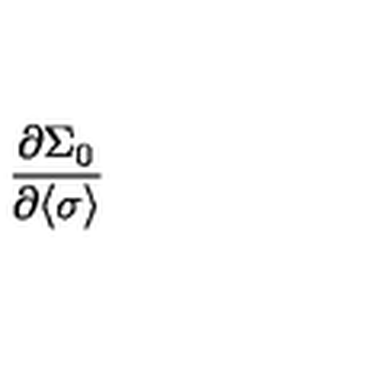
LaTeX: \frac { \partial \Sigma _ { 0 } } { \partial \langle \sigma \rangle }